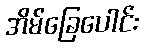
အိမ်ခြေပေါင်း